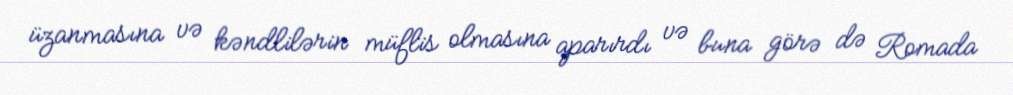
üzanmasına və kəndlilərin müflis olmasına aparırdı və buna görə də Romada